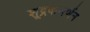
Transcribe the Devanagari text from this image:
शूद्रकवर्णन